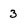
Character: 3